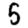
Digit: 5